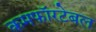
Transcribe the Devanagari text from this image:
कमफॉरटेबल